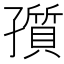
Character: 𡦫